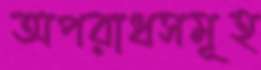
অপরাধসমূহ